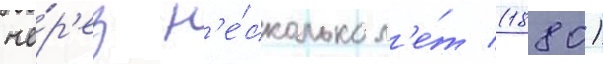
че́р'ез н'е́сколько л'е́т (1880)